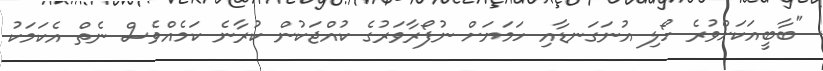
"ބާބީއަކަށްވުރެ ހޯލި އުނަގަނޑާއި ހަމަޔަށް ނުފޯރާވަރުގެ ކުއްޖަކުން ކުރާނެ ކަމެއްވެސް ނެތް އެކަމަކު